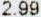
2.99